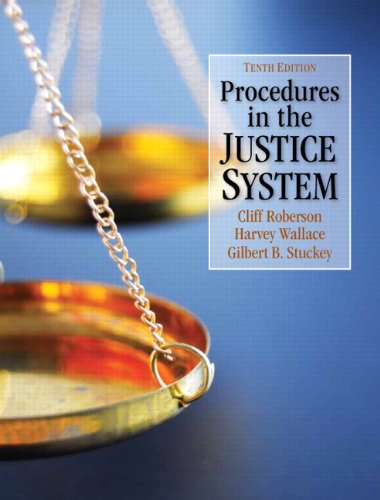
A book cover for Procedures in the Justice System (10th Edition); Cliff Roberson; Law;